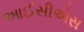
આઈસીએસ